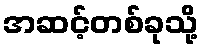
အဆင့်တစ်ခုသို့